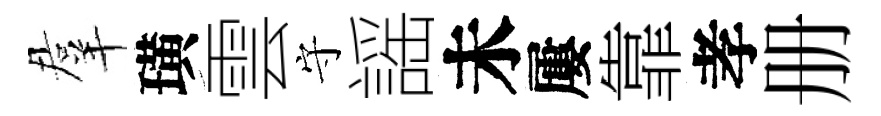
羣璜雲守謡未屢靠孝册